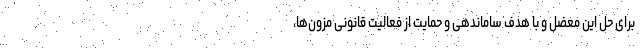
برای حل این معضل و با هدف ساماندهی و حمایت از فعالیت قانونی مزون‌ها،